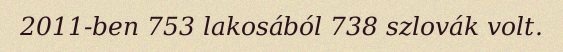
2011-ben 753 lakosából 738 szlovák volt.